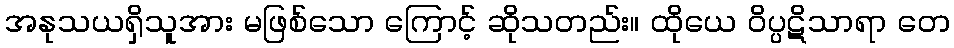
အနုသယရှိသူအား မဖြစ်သော ကြောင့် ဆိုသတည်း။ ထိုယေ ဝိပ္ပဋိသာရာ တေ